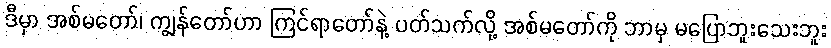
ဒီမှာ အစ်မတော်၊ ကျွန်တော်ဟာ ကြင်ရာတော်နဲ့ ပတ်သက်လို့ အစ်မတော်ကို ဘာမှ မပြောဘူးသေးဘူး